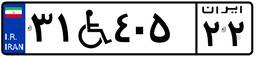
۳۱W۴۰۵۲۲